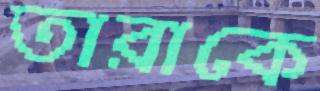
তারাকে